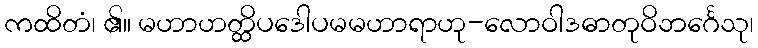
ကထိတံ၊ ၏။ မဟာဟတ္ထိပဒေါပမမဟာရာဟု-လောဝါဒဓာတုဝိဘင်္ဂေသု၊